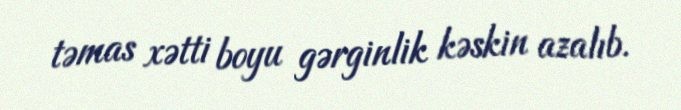
təmas xətti boyu gərginlik kəskin azalıb.